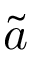
\tilde { a }